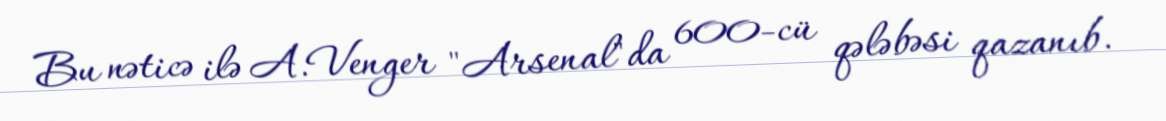
Bu nəticə ilə A.Venger "Arsenal"da 600-cü qələbəsi qazanıb.